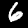
Digit: 6